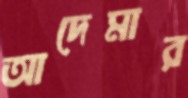
আদেমার